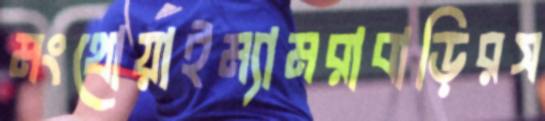
মংথোয়াইম্যামরাবাড়িরস